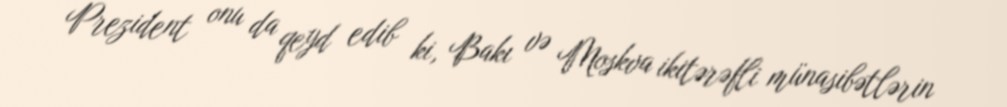
Prezident onu da qeyd edib ki, Bakı və Moskva ikitərəfli münasibətlərin